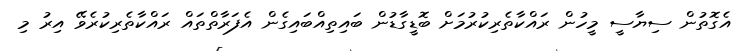
އެގޮތުން ސިޔާސީ މީހުން ރައްކާތެރިކުރުމަށް ބޮޑީގާޑުން ބައިތިއްބައިގެން އެފަރާތްތައް ރައްކާތެރިކުރެވޭ އިރު މި